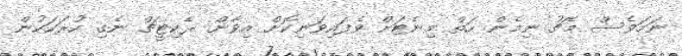
ނަމަވެސް މެޗު ނިމެން ހަތް މިނެޓަށް ވެފައިވަނިކޮށް އިވާން ރެކިޓީޗް ނެގި ހުރަހަކުން